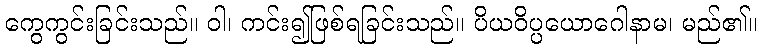
ကွေကွင်းခြင်းသည်။ ဝါ၊ ကင်း၍ဖြစ်ရခြင်းသည်။ ပိယဝိပ္ပယောဂေါနာမ၊ မည်၏။